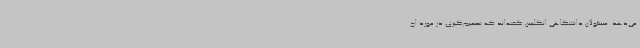
می‌دهد. مسئولان دانشگاهی انگلیس گفته‌اند که تصمیم‌گیری در مورد اج